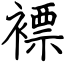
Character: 褾